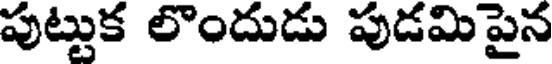
పుట్టుక లొందుడు పుడమిపైన